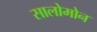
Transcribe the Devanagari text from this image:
सालोमोन